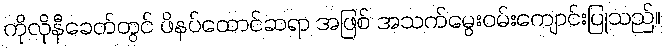
ကိုလိုနီခေတ်တွင် ဖိနပ်ထောင်ဆရာ အဖြစ် အသက်မွေးဝမ်းကျောင်းပြုသည်။